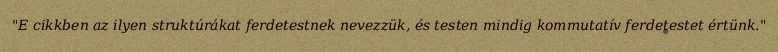
"E cikkben az ilyen struktúrákat ferdetestnek nevezzük, és testen mindig kommutatív ferdetestet értünk."